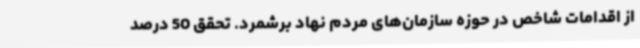
از اقدامات شاخص در حوزه سازمان‌های مردم نهاد برشمرد. تحقق 50 درصد